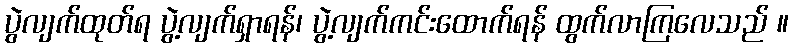
ပွဲလျက်ထုတ်ရ ပွဲ့လျက်ရှာရန်၊ ပွဲ့လျက်ကင်းထောက်ရန် ထွက်လာကြလေသည် ။